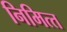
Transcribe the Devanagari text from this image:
निमित्‍त